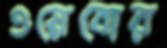
ওয়েবোর